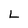
Character: L